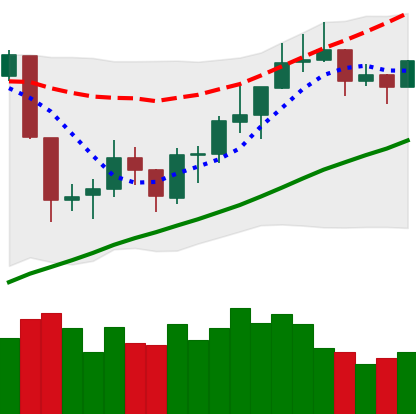
Ticker: NEO-USD
Chart end date: 2019-06-21
Forward return: 36.959%
Label: up_7plus